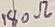
Text: 180Ω